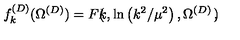
f _ { k } ^ { ( D ) } ( \Omega ^ { ( { D } ) } ) = F \mathrm { \boldmath \large \left( \right. } \! \! \! k , \ln \left( k ^ { 2 } / \mu ^ { 2 } \right) , \Omega ^ { ( { D } ) } \mathrm { \boldmath \large \left. \right) } \! \! ,